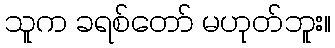
သူက ခရစ်တော် မဟုတ်ဘူး။